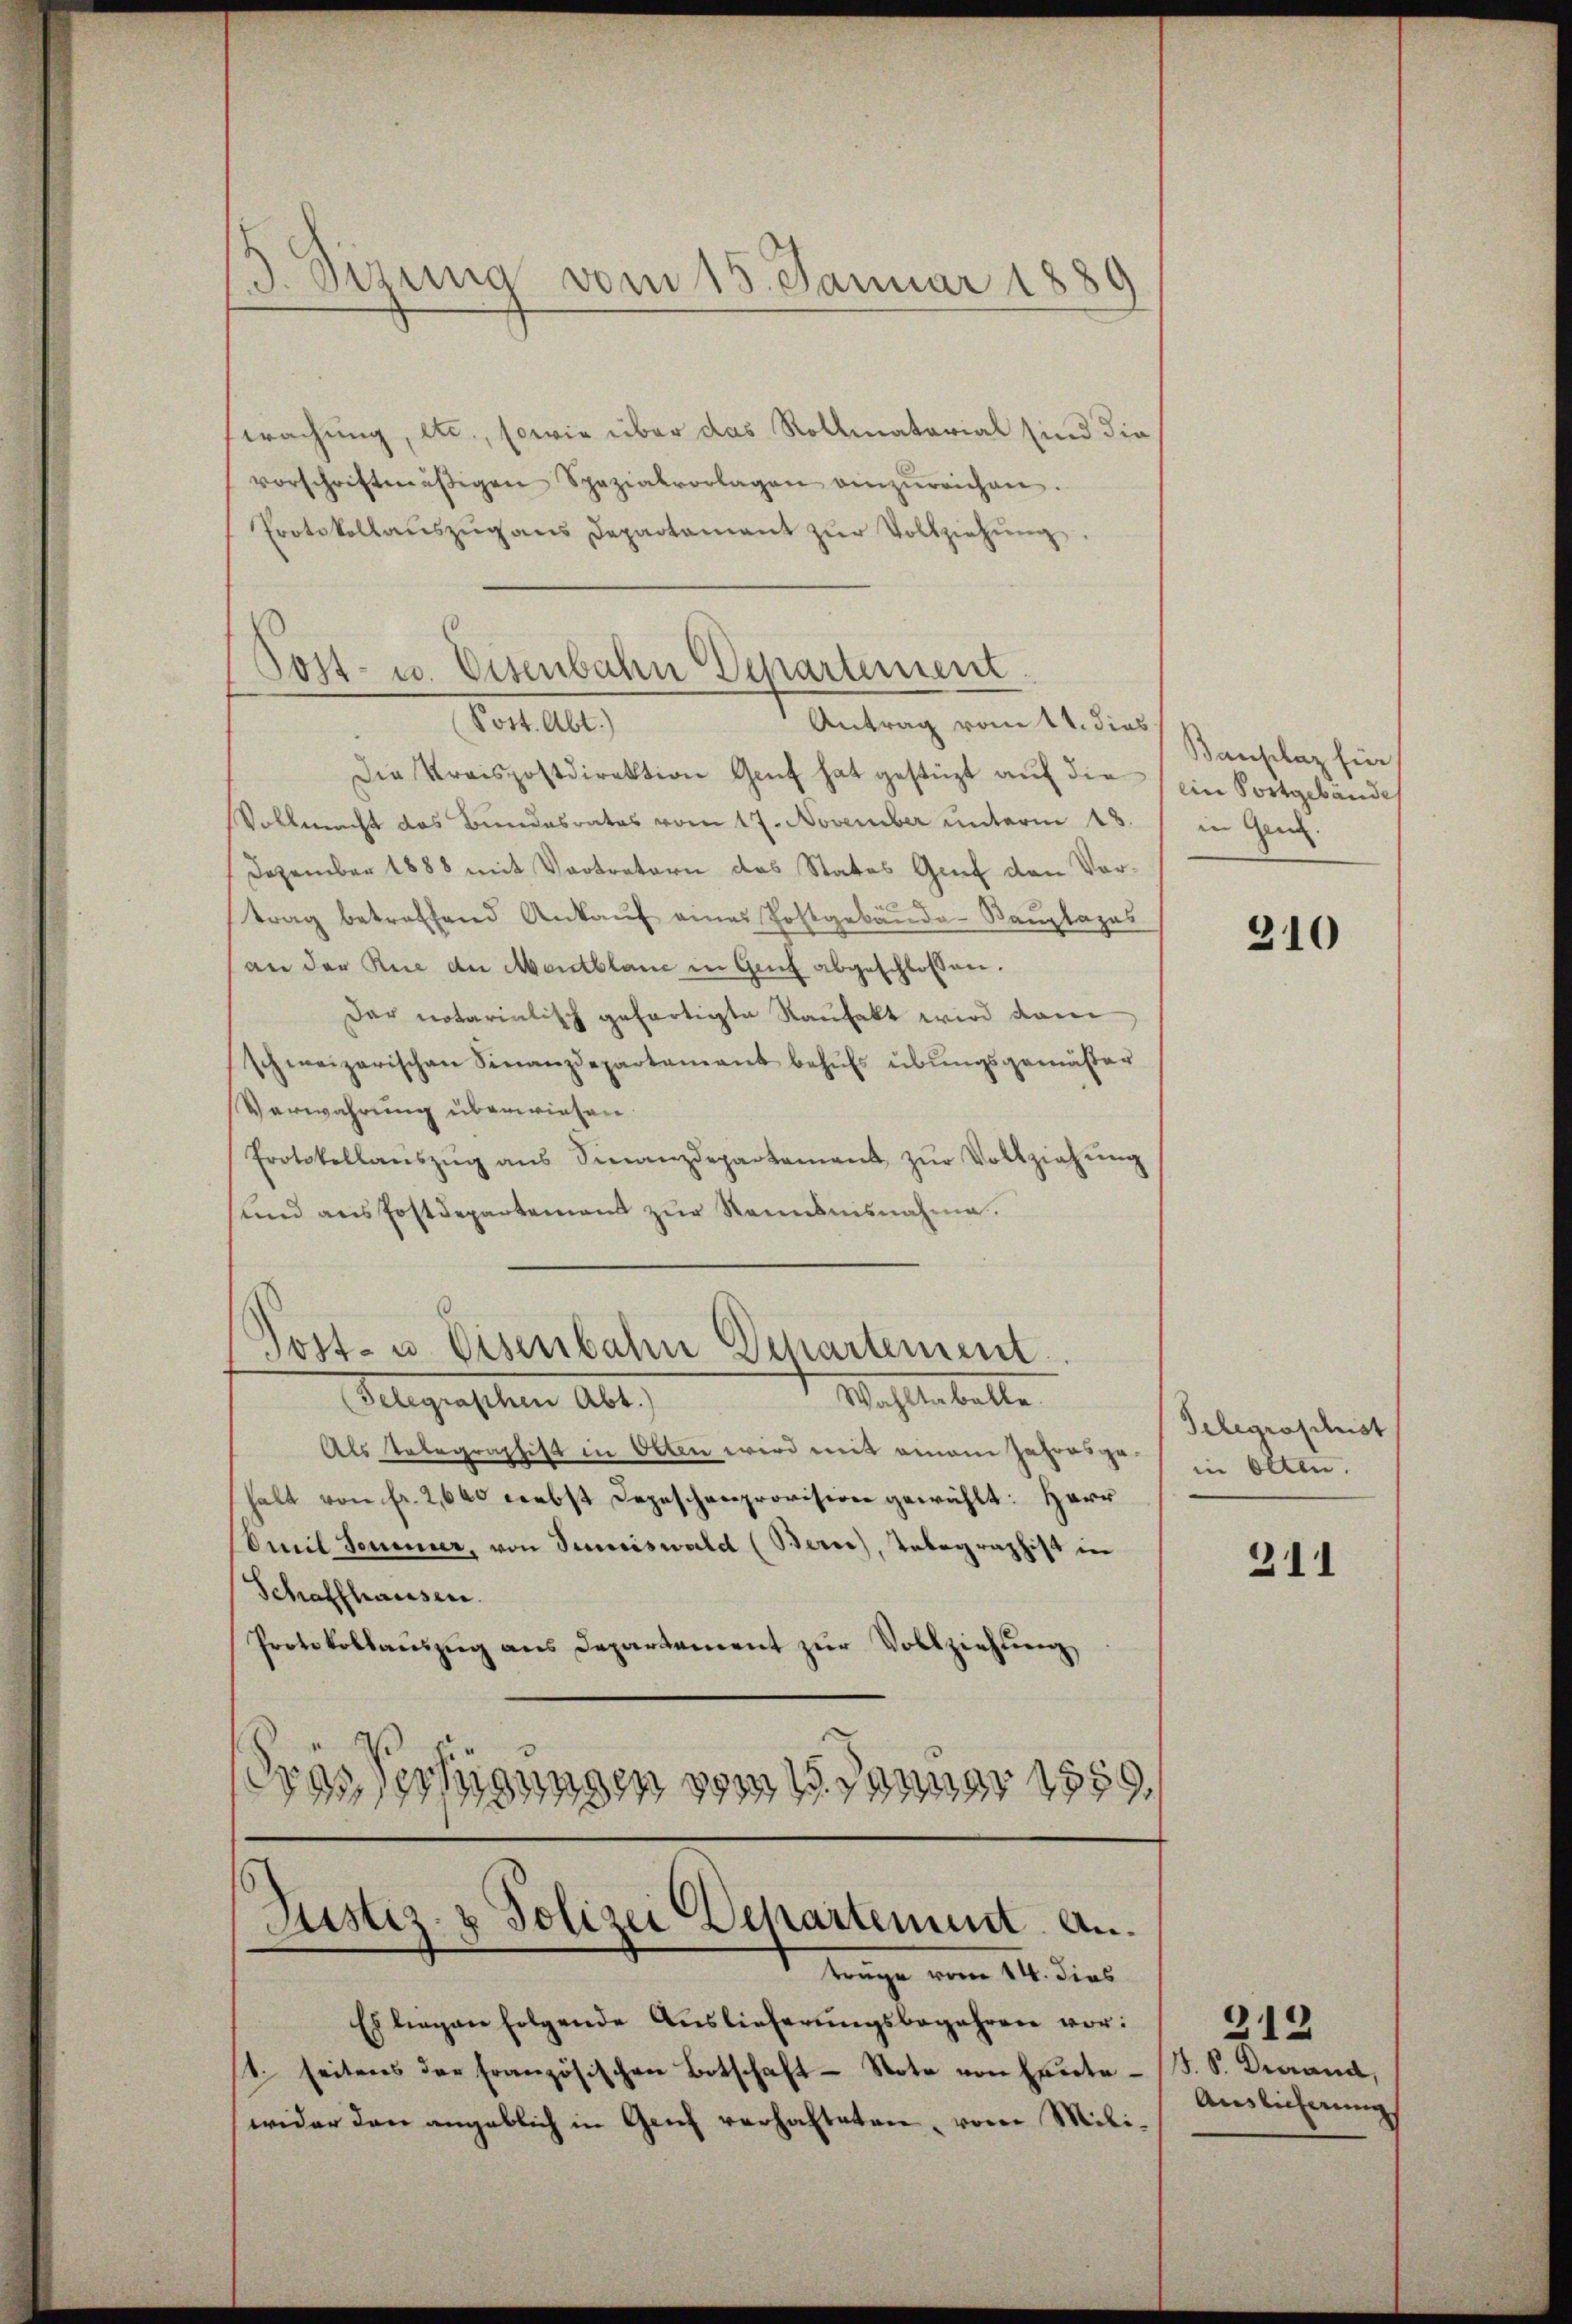
wachung, etc., sowie über das Rollmatorial sind die
vorschriftmäßigen Spezialvorlagen einzŭreichen.
Protokollaŭszŭg ans Departement zŭr Vollziehung

d
d. sizung vom 15. Januar 1889

Post- u. Eisenbahn Departement.

Post. Abt.)
Antrag vom 11. dies
Die Kraispostdirektion Genf hat gestüzt aŭf die ein Fortgebäude
Vollmacht das Bundesrates vom 17. November unterm 13. / in Genz¬
Dezember 1888 mit Vertretern des States Genf den Vortrag betreffend Ankauf eines Postgebäude Bauplazas
(an der Rue der Mentblanc in Genf abgeschlossen.
Dar notarialisch gefertigte Raufakt wird dam
schweizerischen Finanzdepartamant behŭfs übungsgemäßer
Verwahrung überwiesen.
Protokollaŭszŭg aŭs Sinanzdepartement zŭr Vollziehŭng
ŭnd ans Postdepartemens zŭr Ramsnisnahme.
Tost- u. Eisenbahn Departement
Wohltabelle
Gelegenschen Alt
Als Telegraphist in Otten wird mit einem Jahresgehalt von fr. 2, 600 nebst Depeschenprovision gewählt: Herr
Omil Sommer, von Semiswald (Berne), Telegraphist in
Schaffhausen.
Protokollaŭszŭg ans Departement zŭr Vollziehung
S
Vechigungen vom 19. Januar 1859.

Justiz- & Polizei Departement. An

trage vom 18. dies
Es liegen folgende Auslieferungsbegehren vor:
t. seitens der französischen Botschaft Note von Erntewider den angeblich in Genf verhalteten, vom Mili¬

Bauplaz für

210

Telegraschust
in Olten.

211

312
J. P. Dierand,
Auslieferung